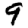
Digit: 9